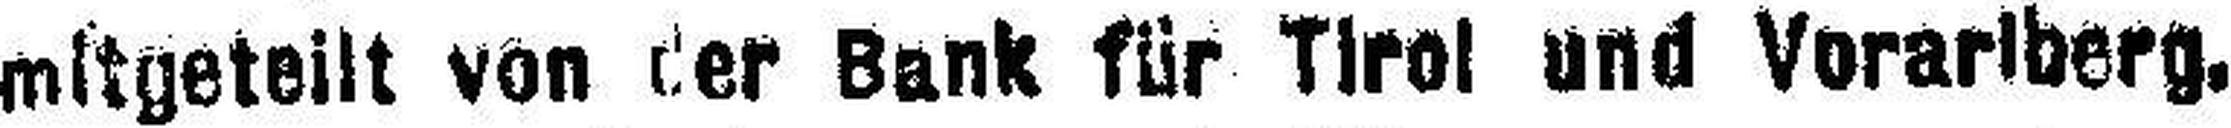
mitgeteilt von der Bank für Tirol und Vorarlberg.